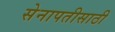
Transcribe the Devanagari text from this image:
सेनापतीसाठी